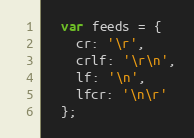
Language: JavaScript
  var feeds = {
    cr: '\r',
    crlf: '\r\n',
    lf: '\n',
    lfcr: '\n\r'
  };